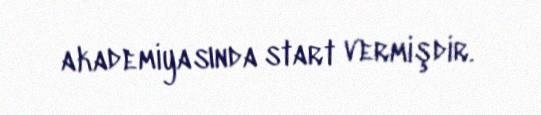
akademiyasında start vermişdir.